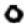
Digit: 0